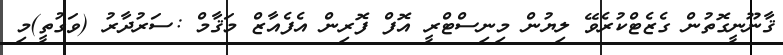
ޤާނޫނީގޮތުން ގެޒެޓްކުރެވޭ ލިޔުން މިނިސްޓްރީ އޮފް ފޮރިން އެފެއާޒް މަޤާމް :ސަރުދާރު (ވަގުތީ)މި